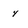
Character: 4